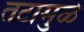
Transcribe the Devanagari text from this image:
तटामुळे